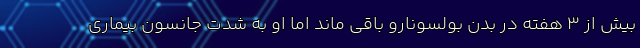
بیش از 3 هفته در بدن بولسونارو باقی ماند اما او به شدت جانسون بیماری